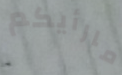
مارأيكم